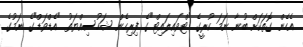
އެހެން ގޮތަކަށް ބުނާ ނަމަ ކުރީގެ "ޓްވައިލައިޓް"ގެ ފިރިހެން ޝަހުސިއްޔަތު "އެޑްވަޑް"ގެ ނަމުގެ